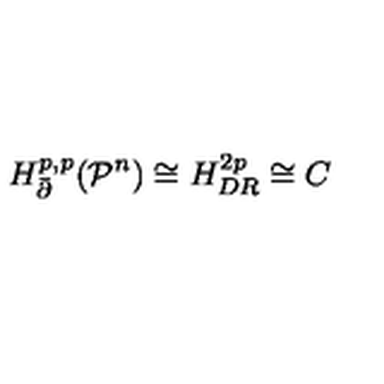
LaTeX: { H _ { \bar { \partial } } ^ { p , p } } ( { { \mathcal P } ^ { n } } ) \cong { H _ { D R } ^ { 2 p } } \cong C